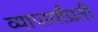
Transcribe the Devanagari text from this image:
व्यापार्यांप्रती